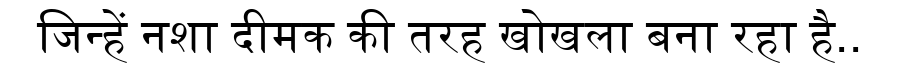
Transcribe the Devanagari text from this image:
जिन्हें नशा दीमक की तरह खोखला बना रहा है..